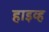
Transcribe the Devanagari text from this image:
हाइव्ह